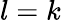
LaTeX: l=k